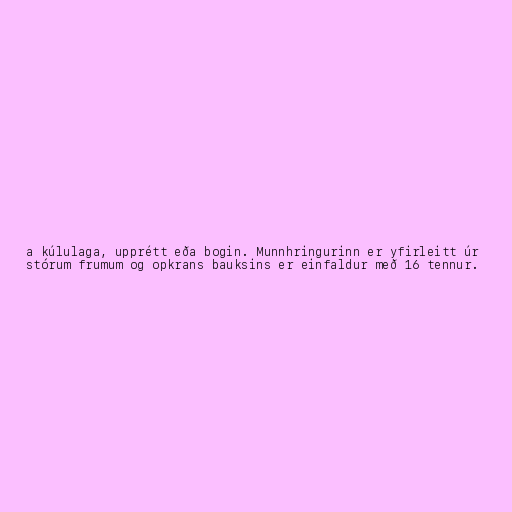
a kúlulaga, upprétt eða bogin. Munnhringurinn er yfirleitt úr
stórum frumum og opkrans bauksins er einfaldur með 16 tennur.